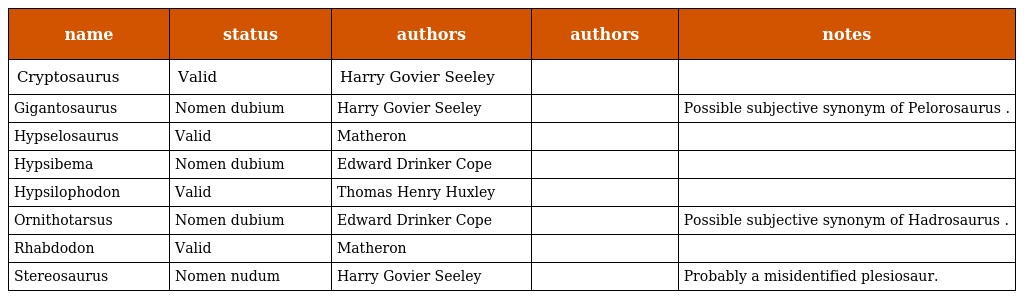
| name | status | authors | authors | notes |
 | --- | --- | --- | --- | --- |
 | Cryptosaurus | Valid | Harry Govier Seeley |  |  |
 | Gigantosaurus | Nomen dubium | Harry Govier Seeley |  | Possible subjective synonym of Pelorosaurus . |
 | Hypselosaurus | Valid | Matheron |  |  |
 | Hypsibema | Nomen dubium | Edward Drinker Cope |  |  |
 | Hypsilophodon | Valid | Thomas Henry Huxley |  |  |
 | Ornithotarsus | Nomen dubium | Edward Drinker Cope |  | Possible subjective synonym of Hadrosaurus . |
 | Rhabdodon | Valid | Matheron |  |  |
 | Stereosaurus | Nomen nudum | Harry Govier Seeley |  | Probably a misidentified plesiosaur. |